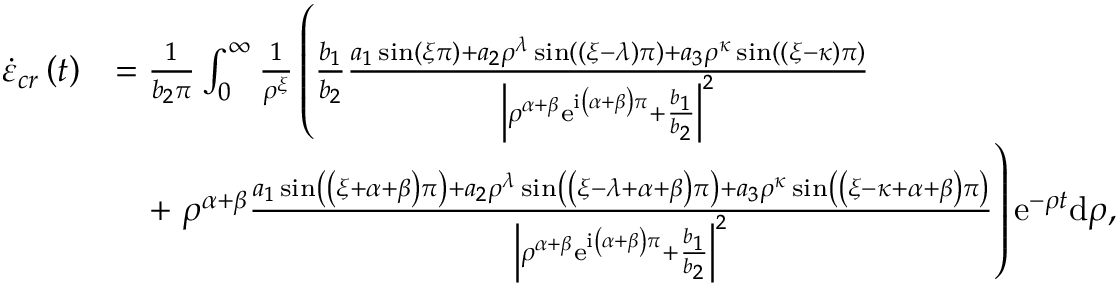
\begin{array} { r l } { \dot { \varepsilon } _ { c r } \left( t \right) } & { = \frac { 1 } { b _ { 2 } \pi } \int _ { 0 } ^ { \infty } \frac { 1 } { \rho ^ { \xi } } \left( \frac { b _ { 1 } } { b _ { 2 } } \frac { a _ { 1 } \sin \left( \xi \pi \right) + a _ { 2 } \rho ^ { \lambda } \sin \left( \left( \xi - \lambda \right) \pi \right) + a _ { 3 } \rho ^ { \kappa } \sin \left( \left( \xi - \kappa \right) \pi \right) } { \left\vert \rho ^ { \alpha + \beta } \mathrm { e } ^ { \mathrm { i } \left( \alpha + \beta \right) \pi } + \frac { b _ { 1 } } { b _ { 2 } } \right\vert ^ { 2 } } \right. } \\ & { \quad + \left. \rho ^ { \alpha + \beta } \frac { a _ { 1 } \sin \left( \left( \xi + \alpha + \beta \right) \pi \right) + a _ { 2 } \rho ^ { \lambda } \sin \left( \left( \xi - \lambda + \alpha + \beta \right) \pi \right) + a _ { 3 } \rho ^ { \kappa } \sin \left( \left( \xi - \kappa + \alpha + \beta \right) \pi \right) } { \left\vert \rho ^ { \alpha + \beta } \mathrm { e } ^ { \mathrm { i } \left( \alpha + \beta \right) \pi } + \frac { b _ { 1 } } { b _ { 2 } } \right\vert ^ { 2 } } \right) \mathrm { e } ^ { - \rho t } \mathrm { d } \rho , } \end{array}